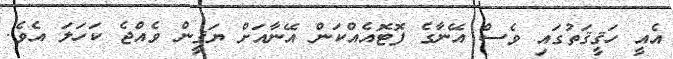
އެއީ ހަޤީޤަތުގައި ވެސް އޭނާގެ ފޮޓޮއެއްކަން އޭނާއަށް ޔަޤީން ވެއްޖެ ކަހަލަ އެވެ.